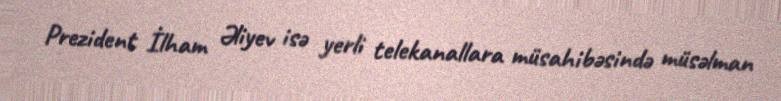
Prezident İlham Əliyev isə yerli telekanallara müsahibəsində müsəlman